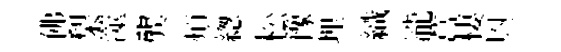
佛梨澨龔煩緫松豫埋織瀧菖棲㒷